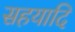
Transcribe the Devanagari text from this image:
सहयादि